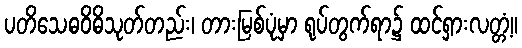
ပတိသေဓဝိဓိသုတ်တည်း၊ တားမြစ်ပုံမှာ ရုပ်တွက်ရာ၌ ထင်ရှားလတ္တံ့။